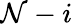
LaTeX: \mathcal{N}-i